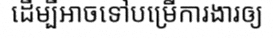
ដើម្បីអាចទៅបម្រើការងារឲ្យ